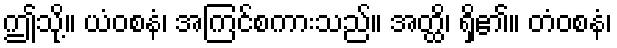
ဤသို့။ ယံဝစနံ၊ အကြင်စကားသည်။ အတ္ထိ၊ ရှိ၏။ တံဝစနံ၊